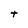
Character: t